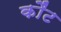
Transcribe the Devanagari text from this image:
कौंट